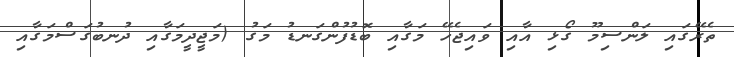
ތެރޭގައި ލަންސިމޫ ގޯޅި އާއި ވައިޖެހޭ މަގާއި ބޮޑުފުންގަނޑު މަގު (މަޖީދީމަގާއި ދުނބުގަސްމަގާއި